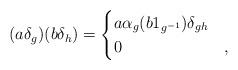
LaTeX: \begin{align*}(a\delta_g)(b\delta_h)=\begin{cases}a\alpha_g(b1_{g^{-1}})\delta_{gh} &\\0 &,\end{cases}\end{align*}